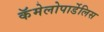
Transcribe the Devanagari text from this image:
कॅमेलोपार्डेलिस